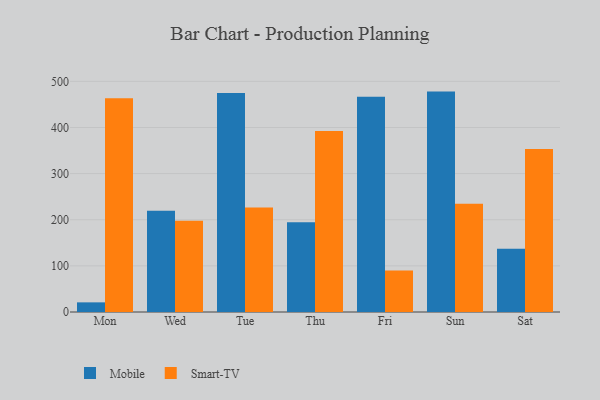
{"axis": {"x": "Day", "y": "Demand Index"}, "legend": ["Mobile", "Smart-TV"], "data": [{"x": "Mon", "y": 20.9, "type": "Mobile"}, {"x": "Mon", "y": 463.3, "type": "Smart-TV"}, {"x": "Wed", "y": 219.3, "type": "Mobile"}, {"x": "Wed", "y": 197.6, "type": "Smart-TV"}, {"x": "Tue", "y": 474.5, "type": "Mobile"}, {"x": "Tue", "y": 226.5, "type": "Smart-TV"}, {"x": "Thu", "y": 194.6, "type": "Mobile"}, {"x": "Thu", "y": 392.4, "type": "Smart-TV"}, {"x": "Fri", "y": 466.5, "type": "Mobile"}, {"x": "Fri", "y": 90.1, "type": "Smart-TV"}, {"x": "Sun", "y": 477.8, "type": "Mobile"}, {"x": "Sun", "y": 234.8, "type": "Smart-TV"}, {"x": "Sat", "y": 137.2, "type": "Mobile"}, {"x": "Sat", "y": 353.3, "type": "Smart-TV"}]}